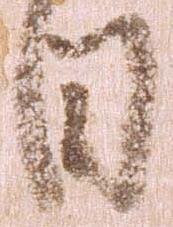
日